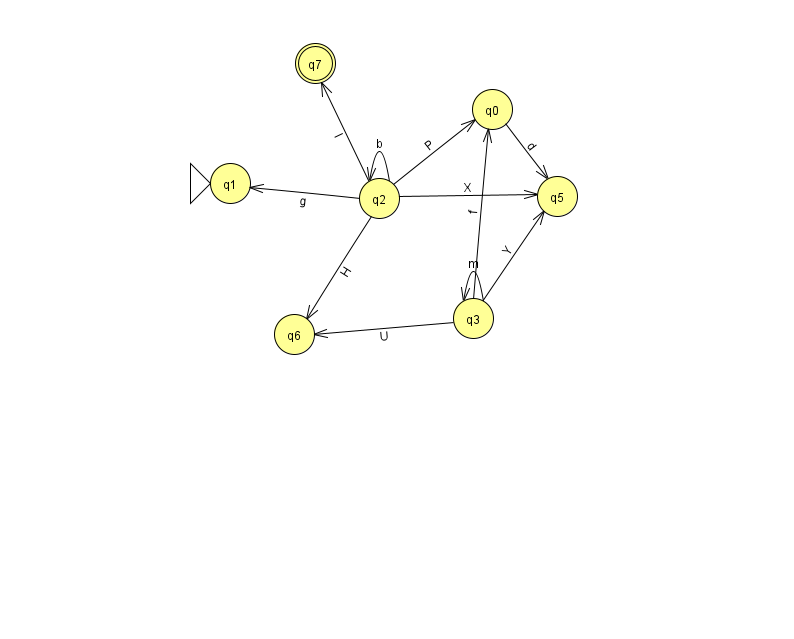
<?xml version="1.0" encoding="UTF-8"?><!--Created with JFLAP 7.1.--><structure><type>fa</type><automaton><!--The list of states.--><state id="0" name="q0"><x>492.0</x><y>96.0</y></state><state id="1" name="q1"><x>230.0</x><y>170.0</y><initial/></state><state id="2" name="q2"><x>379.0</x><y>185.0</y></state><state id="3" name="q3"><x>473.0</x><y>305.0</y></state><state id="5" name="q5"><x>557.0</x><y>183.0</y></state><state id="6" name="q6"><x>294.0</x><y>321.0</y></state><state id="7" name="q7"><x>315.0</x><y>50.0</y><final/></state><!--The list of transitions.--><transition><from>3</from><to>5</to><read>Y</read></transition><transition><from>2</from><to>2</to><read>b</read></transition><transition><from>2</from><to>7</to><read>l</read></transition><transition><from>3</from><to>0</to><read>f</read></transition><transition><from>2</from><to>5</to><read>X</read></transition><transition><from>2</from><to>0</to><read>P</read></transition><transition><from>3</from><to>6</to><read>U</read></transition><transition><from>0</from><to>5</to><read>d</read></transition><transition><from>2</from><to>1</to><read>g</read></transition><transition><from>3</from><to>3</to><read>m</read></transition><transition><from>2</from><to>6</to><read>H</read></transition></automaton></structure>